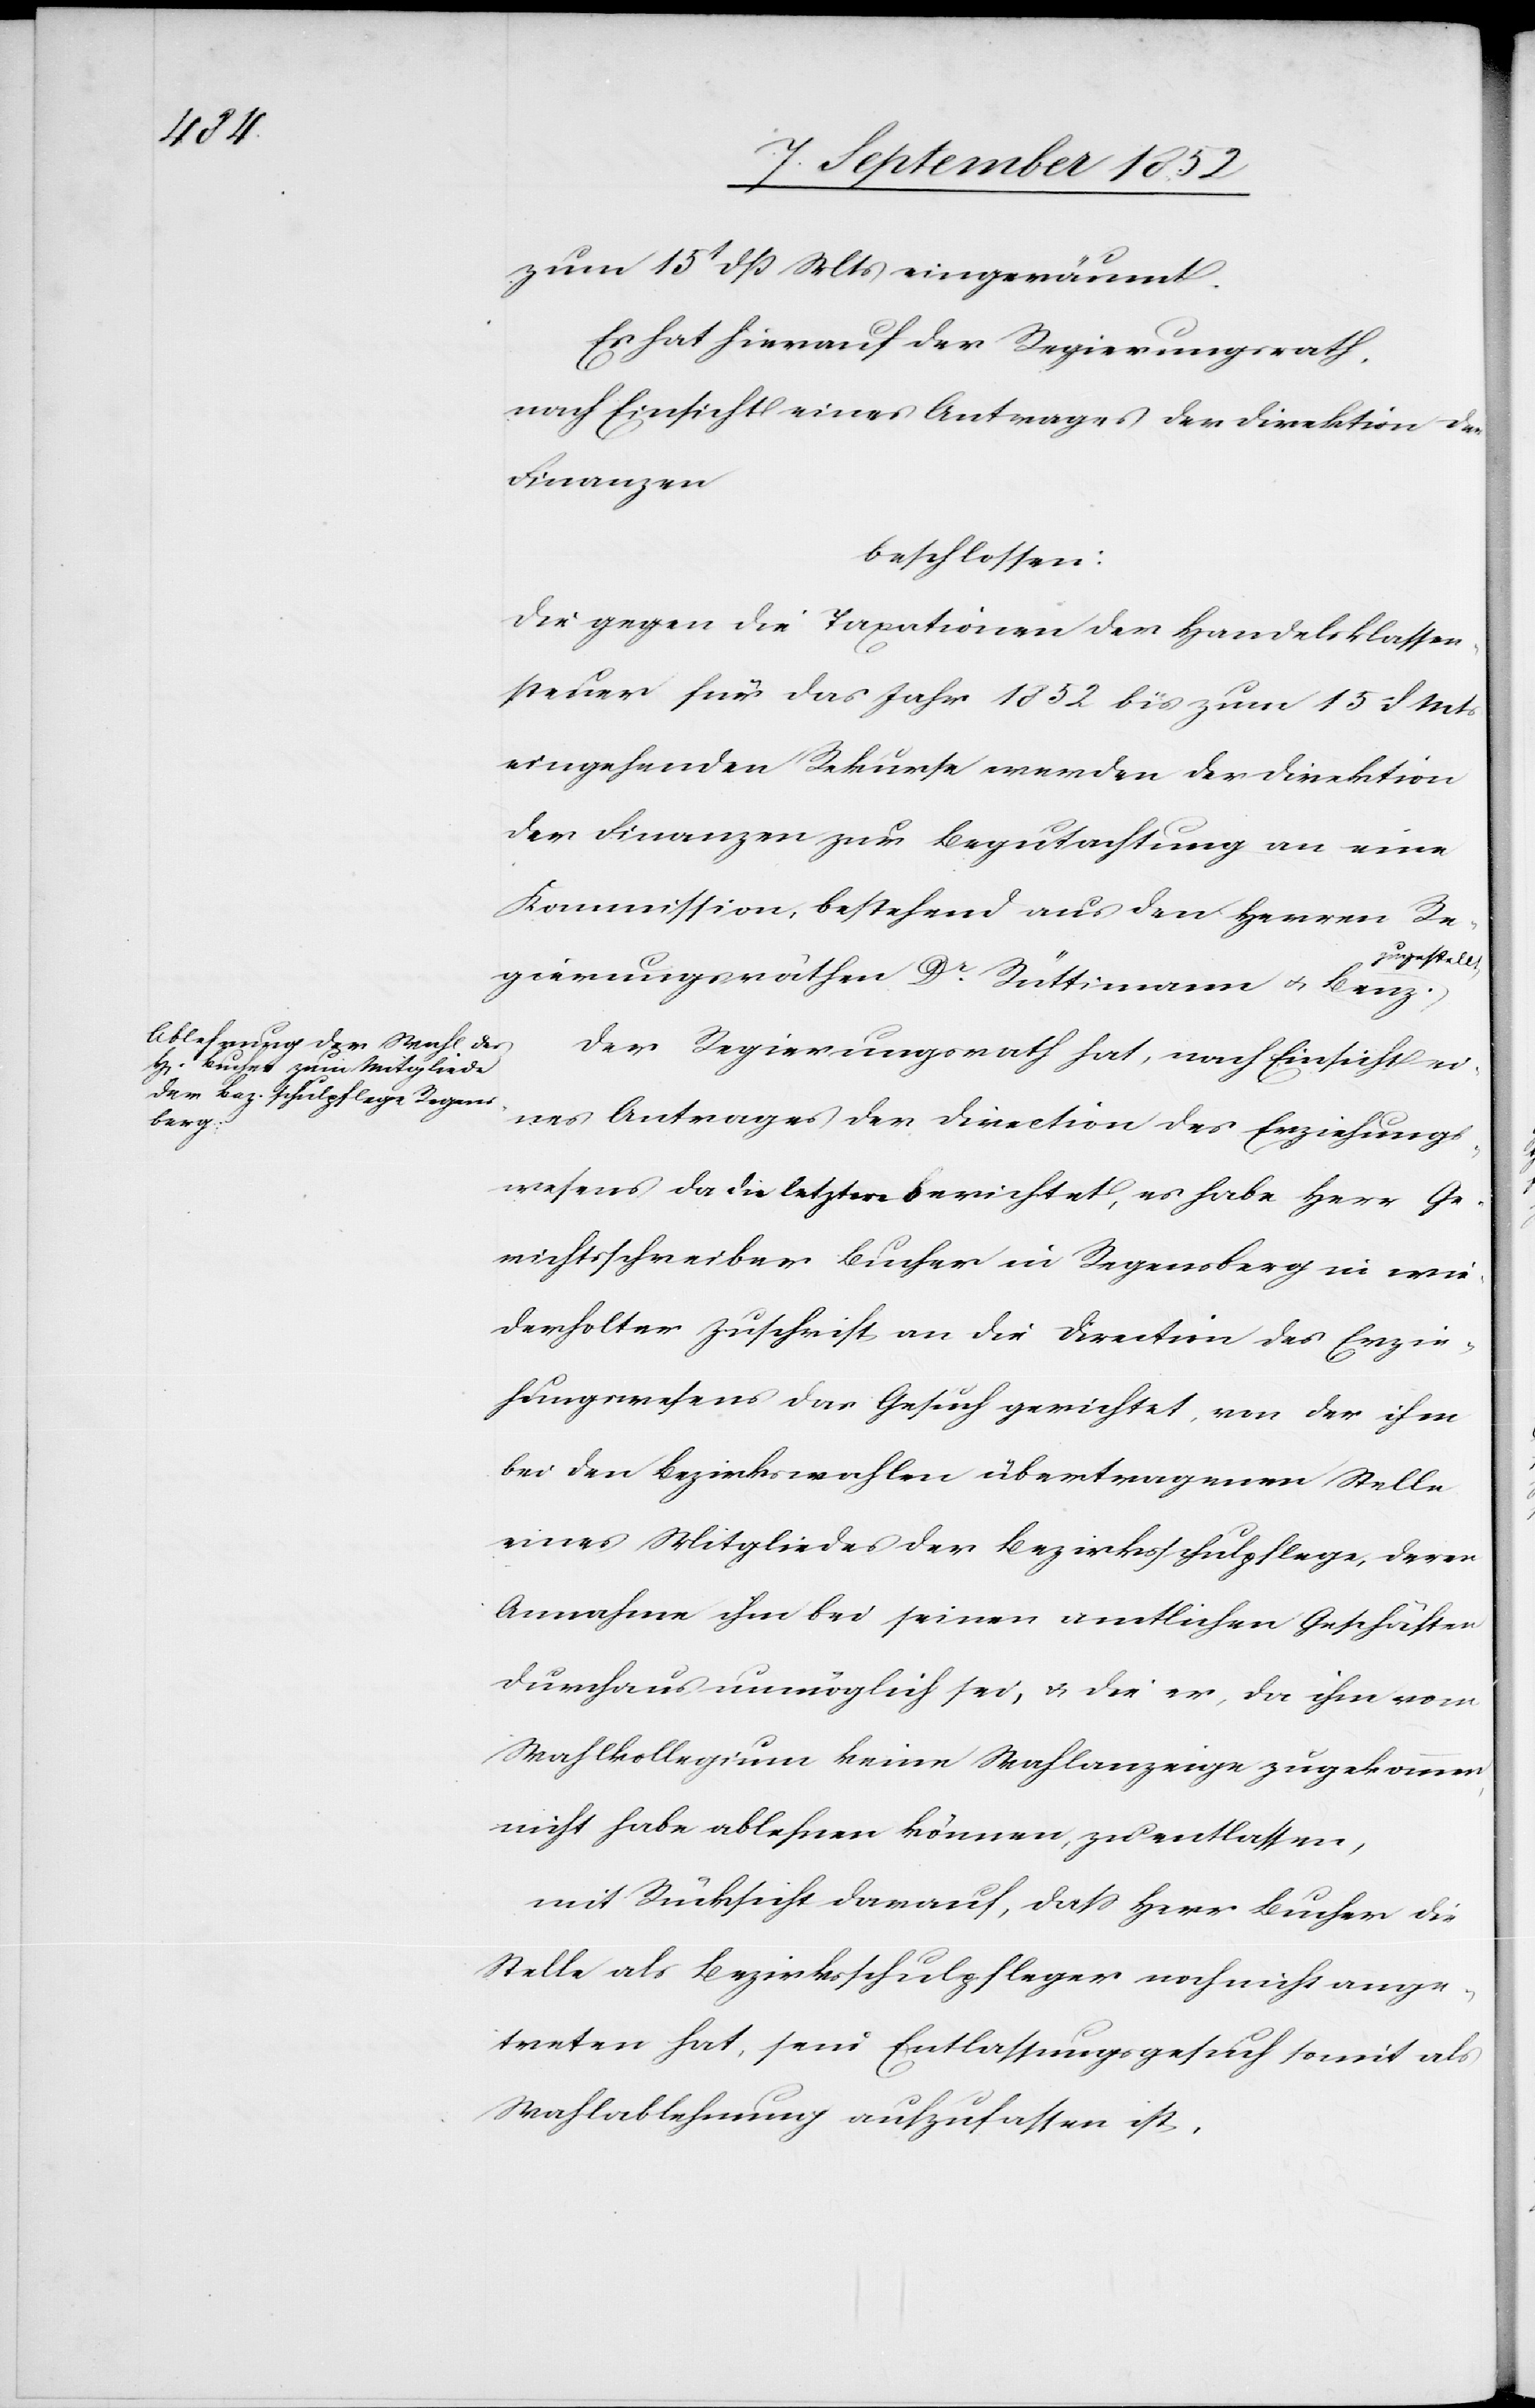
zum 15t dß Mts eingeräumt.
Es hat hierauf der Regierungsrath,
nach Einsicht eines Antrages der Direktion der
Finanzen
beschlossen:
Die gegen die Taxationen der Handelsklassen¬
steuer für das Jahr 1852 bis zum 15 d Mts
eingehenden Rekurse werden der Direktion
der Finanzen zur Begutachtung an eine
Kommission, bestehend aus den Herren Re¬
zugestellt.
gierungsräthen Dr. Rüttimann & Benz
Der Regierungsrath hat, nach Einsicht ei¬
nes Antrages der Direction des Erziehungs¬
wesens da die letztere berichtet, es habe Herr Ge¬
richtsschreiber Bucher in Regensberg in wie¬
derholter Zuschrift an die Direction des Erzie¬
hungswesens das Gesuch gerichtet, von der ihm
bei den Bezirkswahlen übertragenen Stelle
eines Mitgliedes der Bezirksschulpflege, deren
Annahme ihm bei seinen amtlichen Geschäften
durchaus unmöglich sei, & die er, da ihm vom
Wahlkollegium keine Wahlanzeige zugekommen,
nicht habe ablehnen können, zu entlassen,
mit Rücksicht darauf, dass Herr Bucher die
Stelle als Bezirksschulpfleger noch nicht ange¬
treten hat, sein Entlassungsgesuch somit als
Wahlablehnung aufzufassen ist,